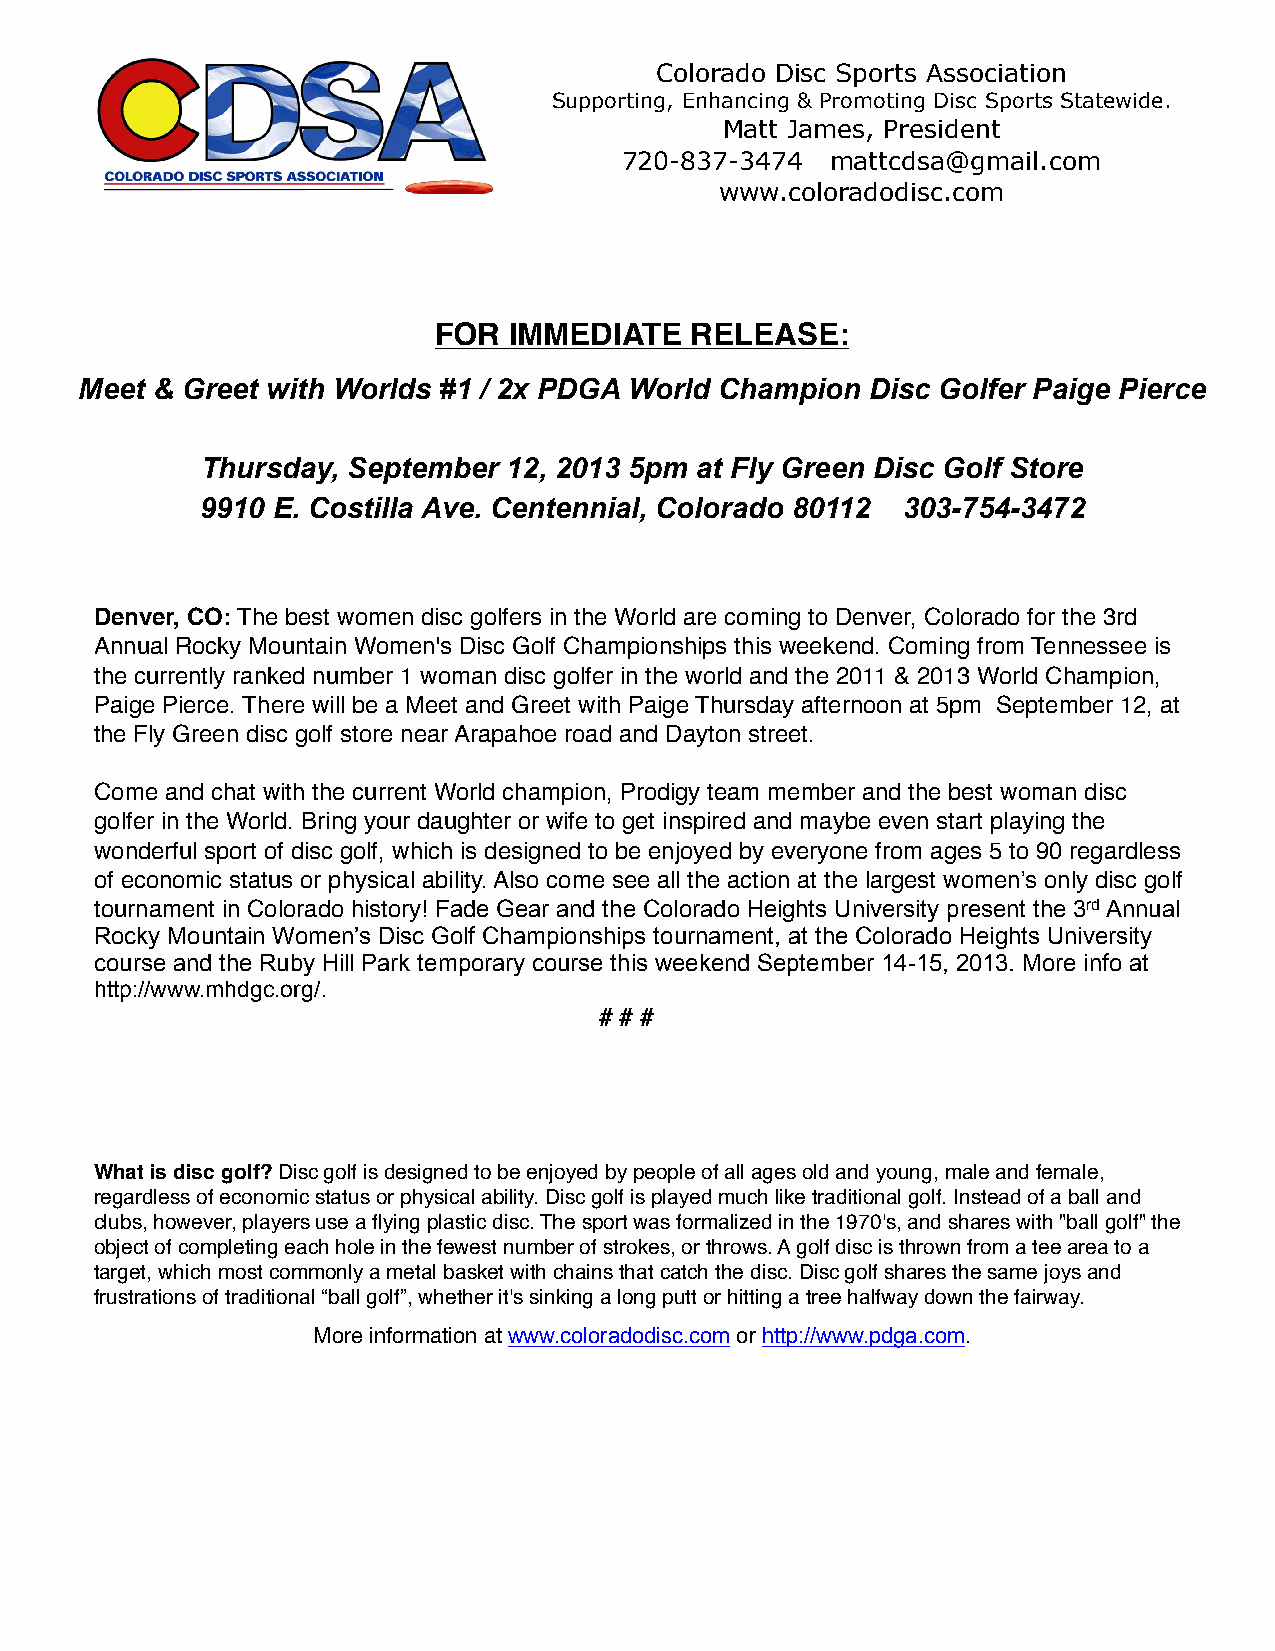
Colorado Disc Sports Association
 Supporting, Enhancing & Promoting Disc Sports Statewide.
 Matt James, President
 720-837-3474  mattcdsa@gmail.com
 www.coloradodisc.com
 FOR  IMMEDIA  TE RELEASE:
 Meet & Greet with Worlds #1 / 2x PDGA World Champion Disc Golfer Paige Pierce
 Thursday, September  12, 2013 5pm at Fly Green Disc Golf Store
 9910 E. Costilla Ave. Centennial, Colorado 80112 303-754-3472
 Denver, CO: The best women disc golfers in the World are coming to Denver, Colorado for the 3rd
 Annual Rocky Mountain Women's Disc Golf Championships this weekend. Coming from Tennessee is
 the currently ranked number 1 woman disc golfer in the world and the 2011 & 2013 World Champion,
 Paige Pierce. There will be a Meet and Greet with Paige Thursday afternoon at 5pm September 12, at
 the Fly Green disc golf store near Arapahoe road and Dayton street.
 Come and chat with the current World champion, Prodigy team member and the best woman disc
 golfer in the World. Bring your daughter or wife to get inspired and maybe even start playing the
 wonderful sport of disc golf, which is designed to be enjoyed by everyone from ages 5 to 90 regardless
 of economic status or physical ability. Also come see all the action at the largest women’s only disc golf
 tournament in Colorado history! Fade Gear and the Colorado Heights University present the 3rd Annual
 Rocky Mountain Women’s Disc Golf Championships tournament, at the Colorado Heights University
 course and the Ruby Hill Park temporary course this weekend September 14-15, 2013. More info at
 http://www.mhdgc.org/.
 # # #
 What is disc golf? Disc golf is designed to be enjoyed by people of all ages old and young, male and female,
 regardless of economic status or physical ability. Disc golf is played much like traditional golf. Instead of a ball and
 clubs, however, players use a flying plastic disc. The sport was formalized in the 1970's, and shares with "ball golf" the
 object of completing each hole in the fewest number of strokes, or throws. A golf disc is thrown from a tee area to a
 target, which most commonly a metal basket with chains that catch the disc. Disc golf shares the same joys and
 frustrations of traditional “ball golf”, whether it's sinking a long putt or hitting a tree halfway down the fairway.
 More information at www.coloradodisc.com or http://www.pdga.com.